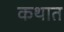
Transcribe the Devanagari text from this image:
कथात